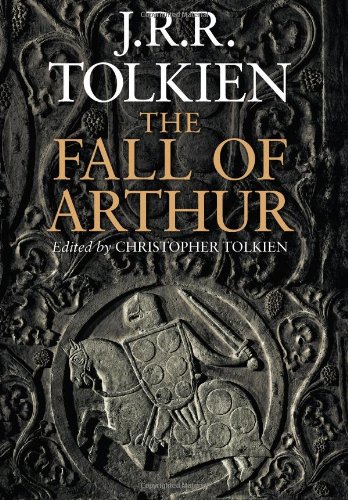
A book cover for The Fall of Arthur; J.R.R. Tolkien; Science Fiction & Fantasy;